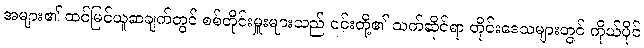
အများ၏ ထင်မြင်ယူဆချက်တွင် စစ်တိုင်းမှူးများသည် ၎င်းတို့၏ သက်ဆိုင်ရာ တိုင်းဒေသများတွင် ကိုယ်ပိုင်